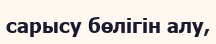
сарысу бөлігін алу,